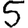
Digit: 5